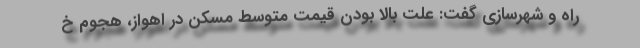
راه و شهرسازی گفت: علت بالا بودن قیمت متوسط مسکن در اهواز، هجوم خ